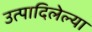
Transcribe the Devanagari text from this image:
उत्पादिलेल्या